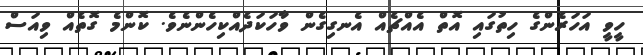
ހީވީ އަހަރެންގެ ހިތުގައި އޮތް އެއްޗެއް އެނގިގެން ވާހަކަދެއްކިހެންނެވެ. ކޮންމެ ގޮތެއް ވިއަސް